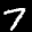
Label: 7